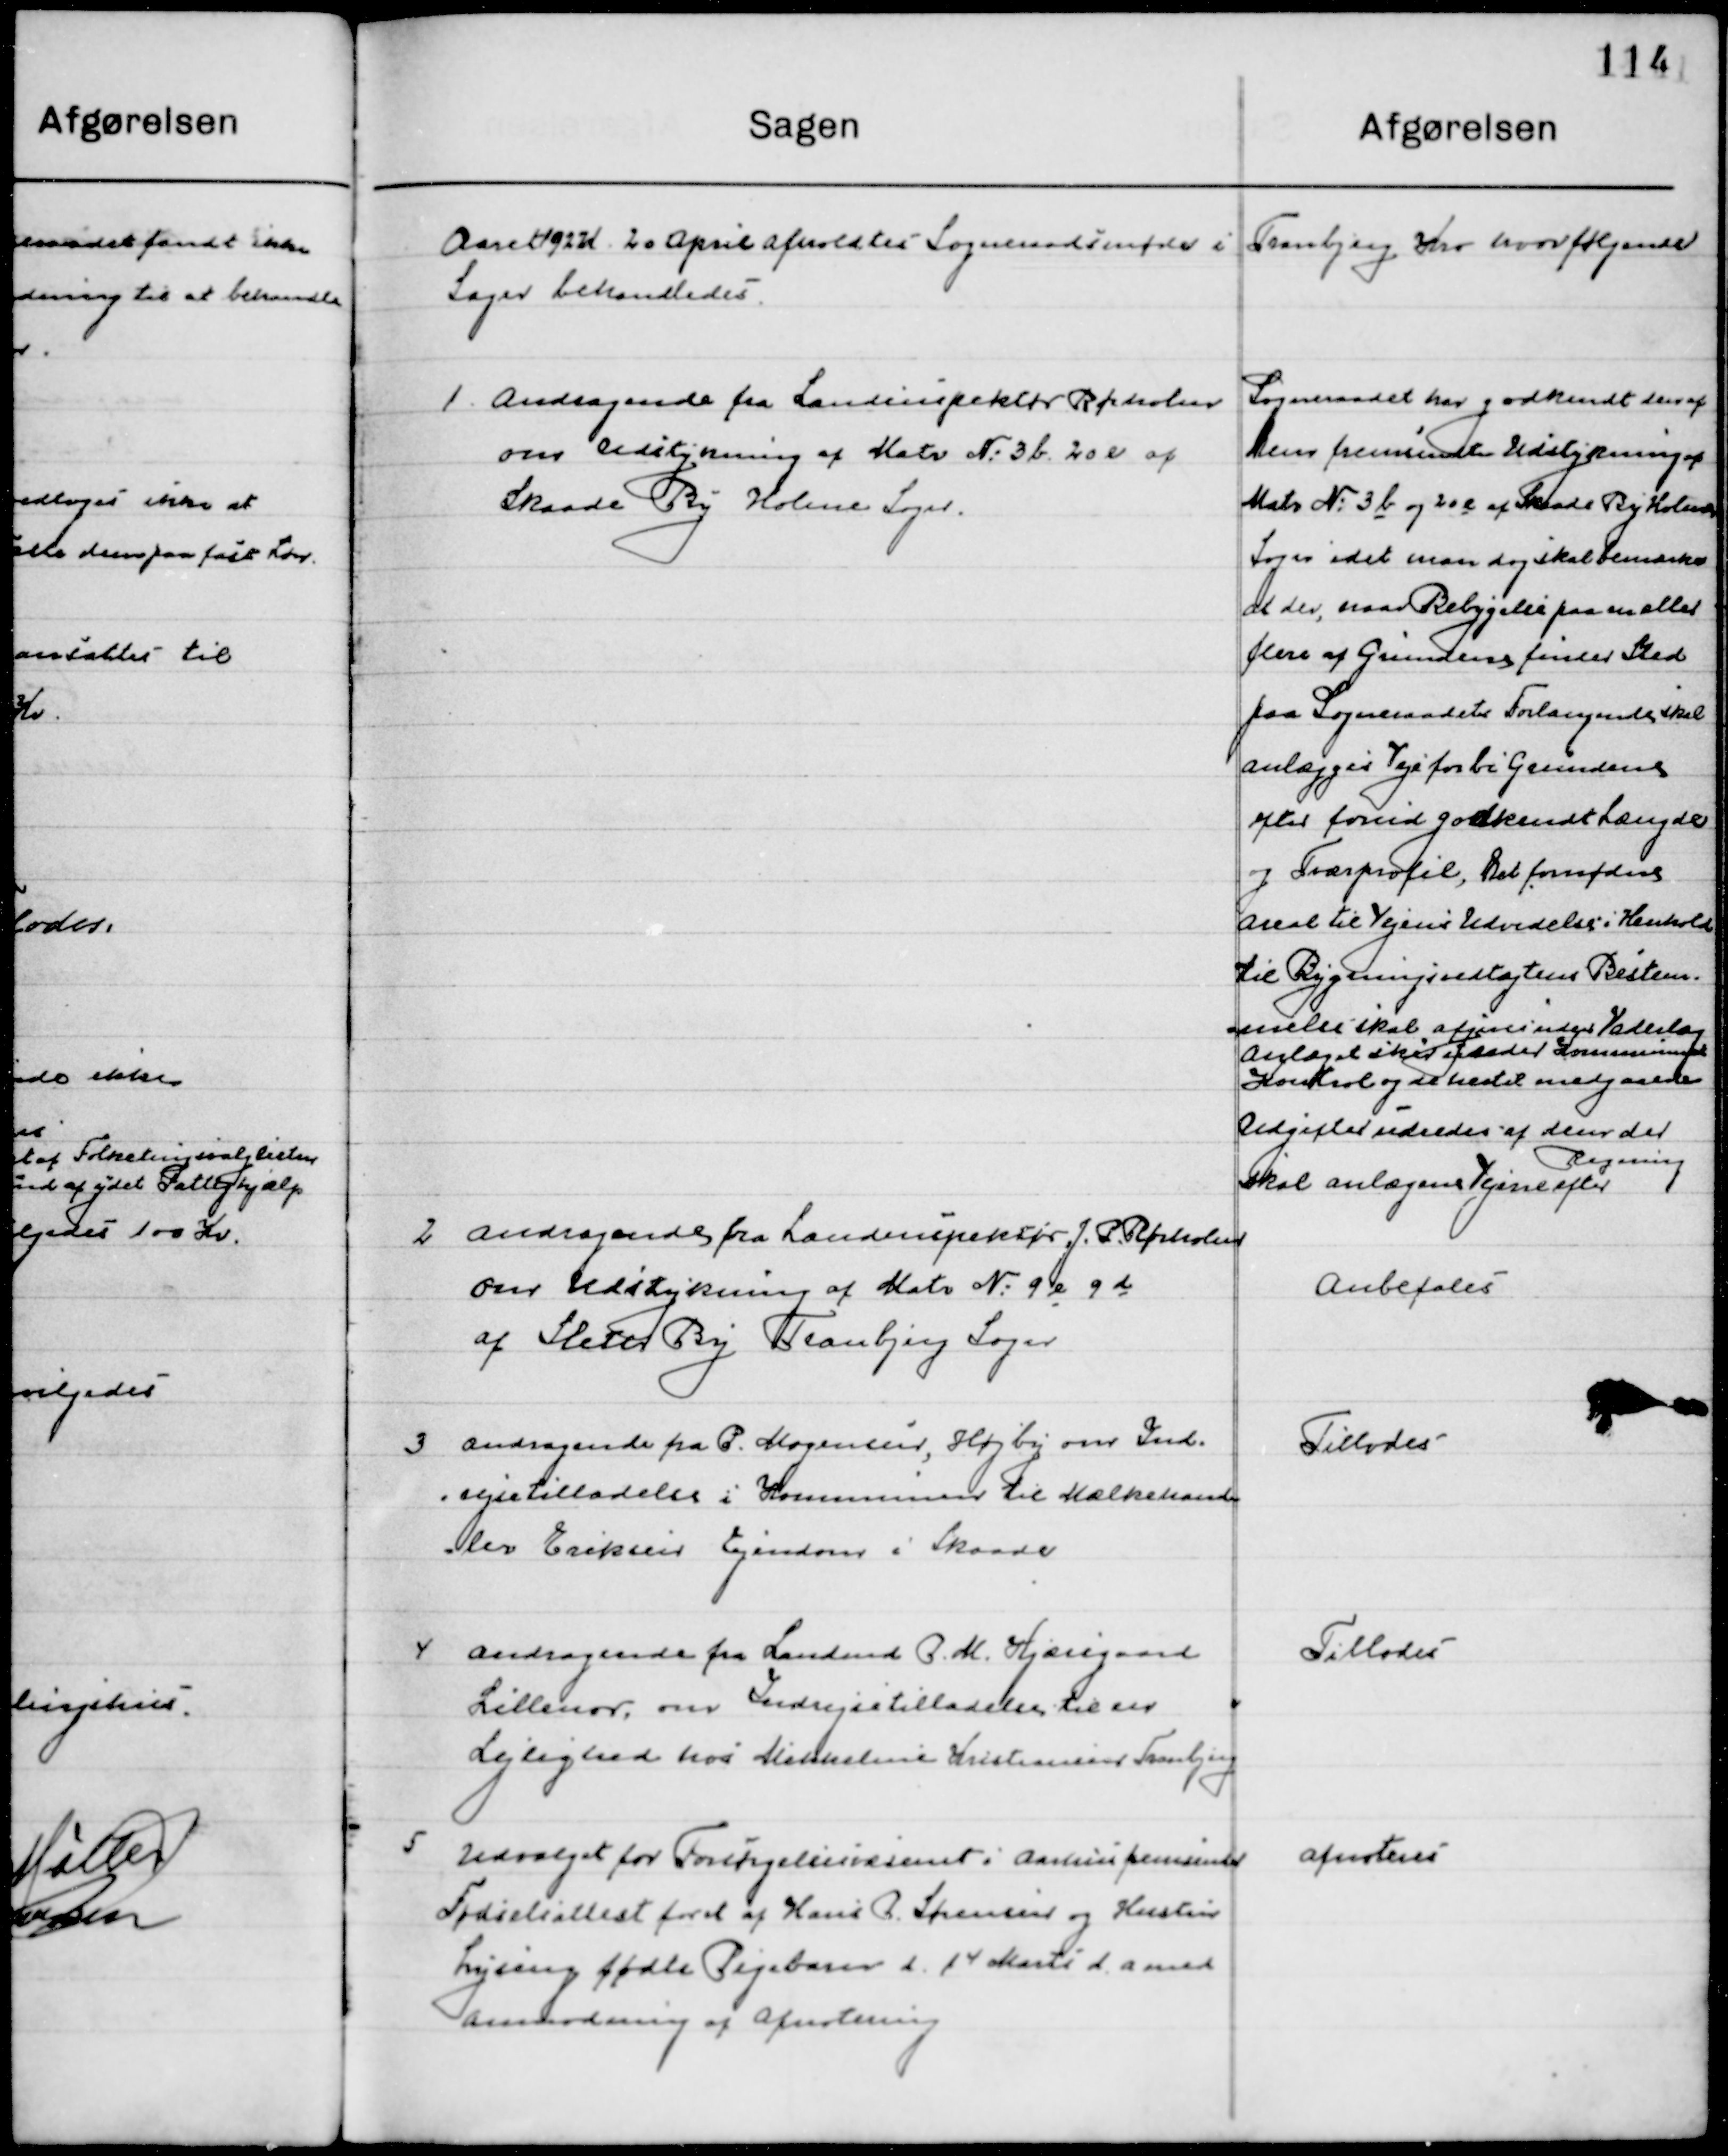
Transskription:
Aaret 1927 d. 20 April afholdtes Sogneraadsmøde i Tranbjerg Kro hvor følgende 
Sager behandledes.

1

Andragende fra Landinspektør Rørholm 
om Udstykning af Matr. No. 3 b 20 e af
Skaade By Holme Sogn

Sogneraadet har godkendt den af 
Dem fremsendte Udstykning af
Matr. No. 3 b 20 e af Skaade By Holme   
Sogn idet man dog skal bemærke 
at der, naar Bebyggelsen paa en eller
flere af Grundens finde Sted
paa Sogneraadets Forlangeds skal 
anlægges Vej forbi grundens
Efter forud godkendt længde
og Tværprofil, Det formodes  
areal til Vejens Udvidelse i Henhold	
til Bygningsvedtægtens Bestem-
melse skal afgives uden Vederlag
Anlægget skal udlade Kommunens
Kontrol og de hertil medgaaende
Udgifter udredes af dem der
skal anlægens Vejene efter
Regning

2

Andragende fra Landinspektør J. P. Rørholm 
om Udstykning af Matr. No. 9 e 9 d
af Sleter By Tranbjerg Sogn

Anbefales

3

Andragende fra P. Mogensen, Hørby om Ind-
rejsetilladelse i Kommunen til Mælkehand-
ler Eriksens Ejendom i Skaade

Tillodes

4

Andragende fra Landmd. P. M. Kjærsgaard
Lillenor, om Indrejsetilladelser til en
Lejlighed hos Mikkeline Kristensen Tranbjerg

Tillodes

5

Udvalget for Forsørgelsesvæsenet i Aarhus fremsender
Fødselsattest for et af hans P. Sørensen og Hustru
Lyseng fødte Pigebarn d. 14 Marts d. a. med
Anmodning om afnotering.

Afnoteres